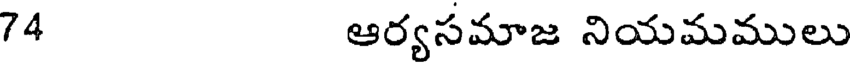
74 ఆర్యసమాజ నియమములు